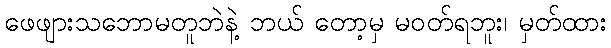
ဖေဖျားသဘောမတူဘဲနဲ့ ဘယ် တော့မှ မဝတ်ရဘူး၊ မှတ်ထား